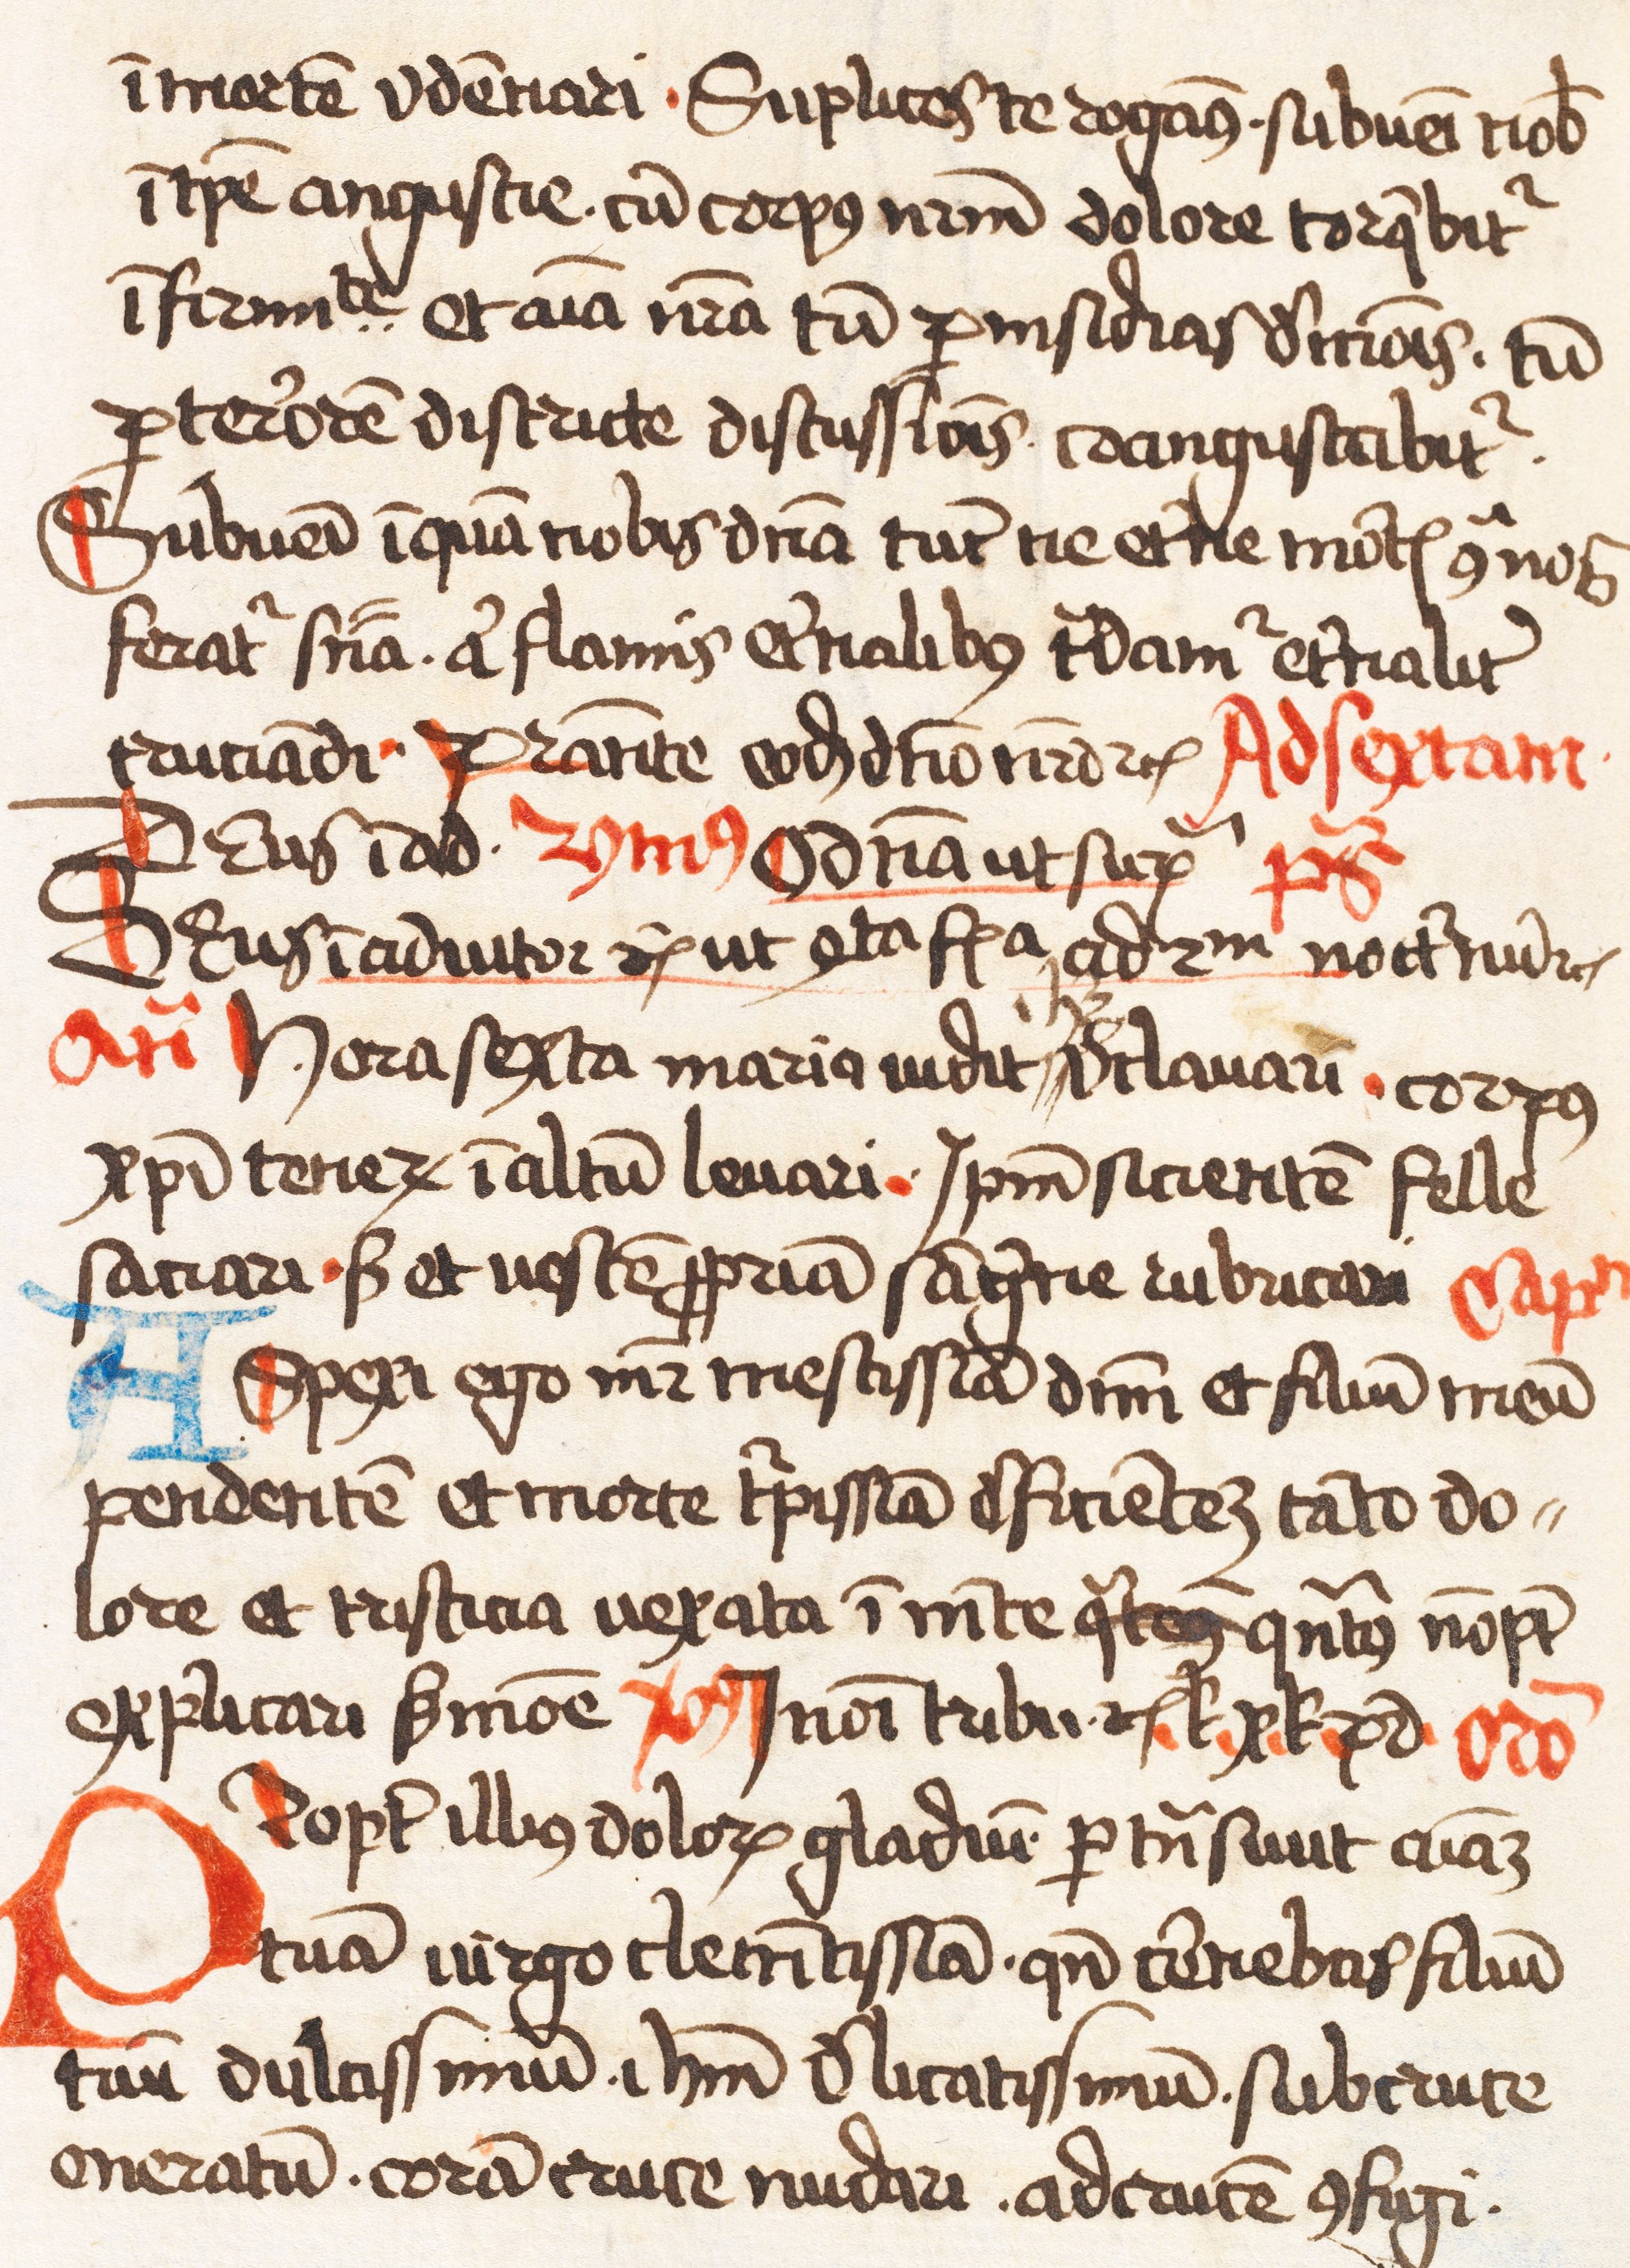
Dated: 1445–1499